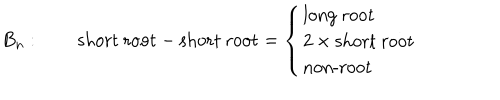
LaTeX: B _ { n } : \qquad \mathrm { s h o r t ~ r o o t } - \mathrm { s h o r t ~ r o o t } = \left\{ \begin{array} { l } { { \mathrm { l o n g ~ r o o t } } } \\ { { 2 \times \mathrm { s h o r t ~ r o o t } } } \\ { { \mathrm { n o n - r o o t } } } \\ \end{array} \right.